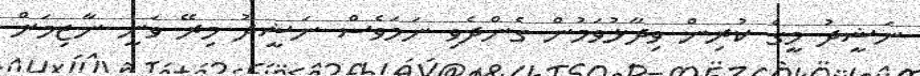
ނަޝީދު މީގެ ކުރިން ވިދާޅުވަމުން ގެންދެވި ނަމަވެސް ނަޝީދު މިރޭ ވަނީ ނާޒިމަަށް